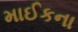
માઈકના